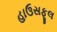
હાઉસફૂલ